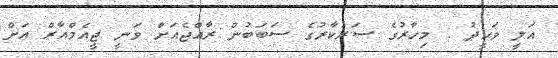
އަލީ ވަޙީދު : މިހާރުގެ ސަރުކާރުގެ ސަބަބުން ރާއްޖެއަށް ވަނީ ޖީއެމްއާރް އަށް